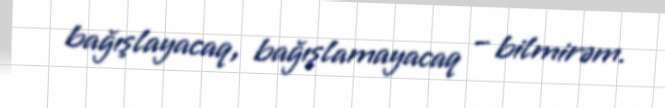
bağışlayacaq, bağışlamayacaq – bilmirəm.